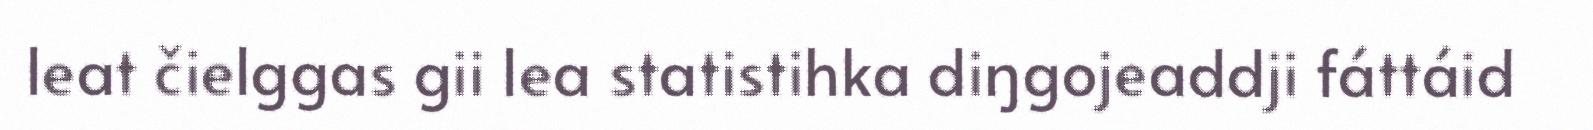
leat čielggas gii lea statistihka diŋgojeaddji fáttáid